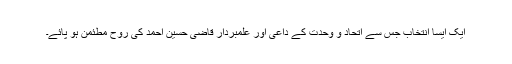
ایک ایسا انتخاب جس سے اتحاد و وحدت کے داعی اور علمبردار قاضی حسین احمد کی روح مطئمن ہو پائے۔